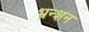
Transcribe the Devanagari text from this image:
भ्रन्शन